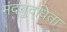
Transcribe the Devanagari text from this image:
मंदबुद्धिता